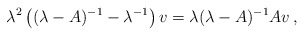
\begin{align*}\lambda ^2\left( (\lambda -A)^{-1} -\lambda ^{-1}\right) v = \lambda (\lambda -A)^{-1} Av\, ,\end{align*}